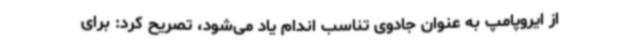
از ایروپامپ به عنوان جادوی تناسب اندام یاد می‌شود، تصریح کرد: برای